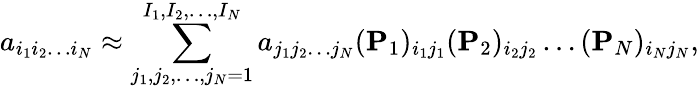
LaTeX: a_{i_{1}i_{2}\dots i_{N}}\approx\sum_{j_{1},j_{2},\dots,j_{N}=1}^{I_{1},I_{2},\dots,I_{N}}a_{j_{1}j_{2}\dots j_{N}}(\mathbf{P}_{1})_{i_{1}j_{1}}(\mathbf{P}_{2})_{i_{2}j_{2}}\dots(\mathbf{P}_{N})_{i_{N}j_{N}},